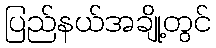
ပြည်နယ်အချို့တွင်